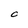
Character: C